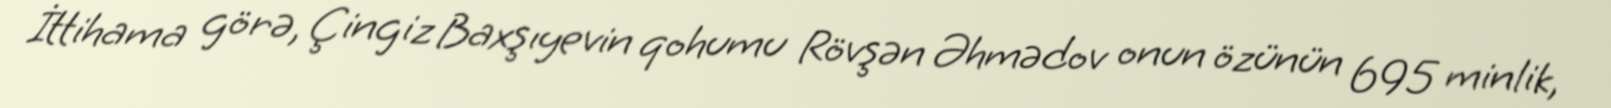
İttihama görə, Çingiz Baxşıyevin qohumu Rövşən Əhmədov onun özünün 695 minlik,